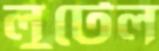
লুটেল